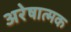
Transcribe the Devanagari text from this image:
अरेषात्मक